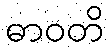
ဓာဝတိ